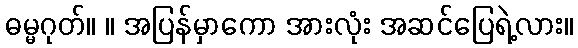
ဓမ္မဂုတ်။ ။ အပြန်မှာကော အားလုံး အဆင်ပြေရဲ့လား။